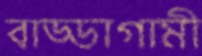
বাড্ডাগামী